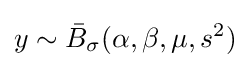
y\sim {\bar {B}}_{\sigma }(\alpha ,\beta ,\mu ,s^{2})